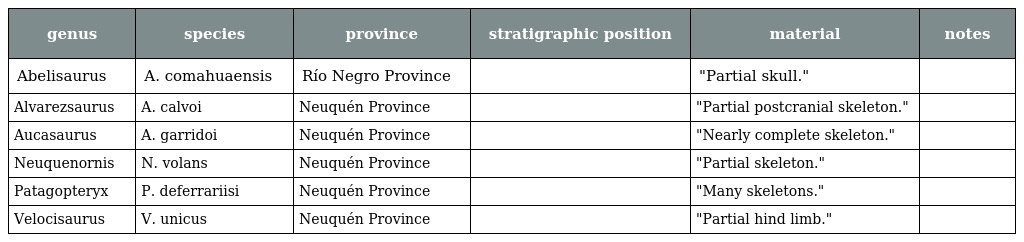
| genus | species | province | stratigraphic position | material | notes |
 | --- | --- | --- | --- | --- | --- |
 | Abelisaurus | A. comahuaensis | Río Negro Province |  | "Partial skull." |  |
 | Alvarezsaurus | A. calvoi | Neuquén Province |  | "Partial postcranial skeleton." |  |
 | Aucasaurus | A. garridoi | Neuquén Province |  | "Nearly complete skeleton." |  |
 | Neuquenornis | N. volans | Neuquén Province |  | "Partial skeleton." |  |
 | Patagopteryx | P. deferrariisi | Neuquén Province |  | "Many skeletons." |  |
 | Velocisaurus | V. unicus | Neuquén Province |  | "Partial hind limb." |  |